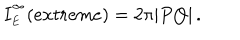
LaTeX: I _ { \phantom { } _ { E } } ^ { \phantom { } ^ { \infty } } ( e x t r e m e ) = 2 \pi | P Q | \, .